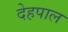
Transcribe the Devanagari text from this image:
देहपाल